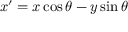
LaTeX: x ^ { \prime } = x \cos \theta - y \sin \theta